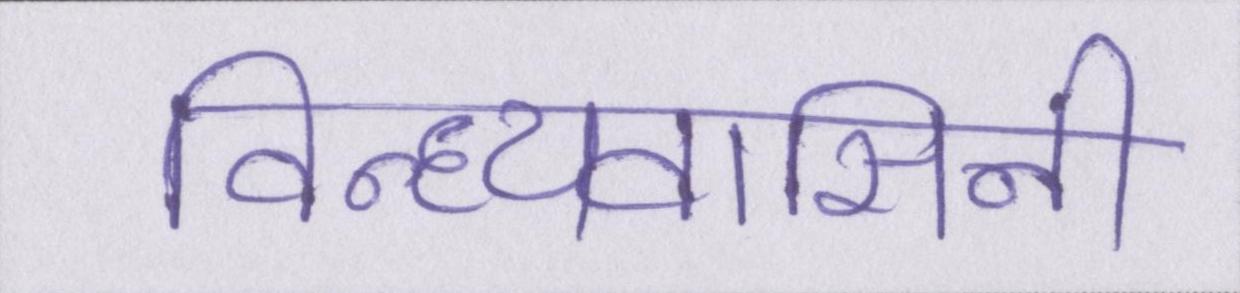
विन्ध्यवासिनी